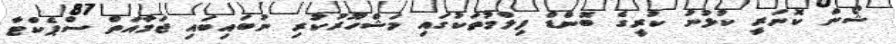
ޝޯން ކޮނަރީ ކުޅުނު ކުރީގެ ބޮންޑް ފިލްމުތަކުގައި މަޝްހޫރުކުރި ނުބައިބައި ޖަމާއަތް ސްޕެކްޓާ